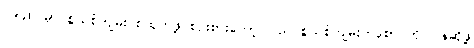
၁၉၄၈ မှာ စွယ်စုံကျမ်း စထုတ်ဖို့ စဉ်းစားတော့ ပြည်ပစွယ်စုံကျမ်းတစောင်ကို ပြန်ဆိုဖို့